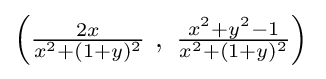
{\textstyle \left({\frac {2x}{x^{2}+(1+y)^{2}}}\ ,\ {\frac {x^{2}+y^{2}-1}{x^{2}+(1+y)^{2}}}\right)\,}